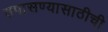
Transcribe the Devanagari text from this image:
तपासण्यासाठीची